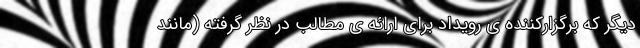
دیگر که برگزارکننده ی رویداد برای ارائه ی مطالب در نظر گرفته (مانند